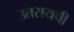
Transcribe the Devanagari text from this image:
उतरायची